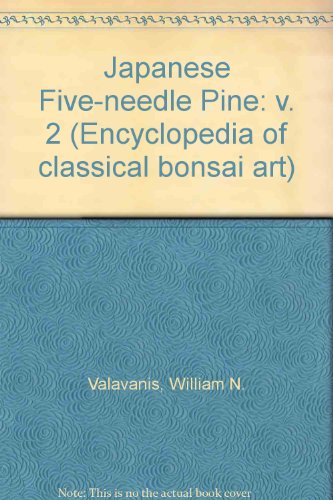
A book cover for Japanese Five-Needle Pine: Nature, Gardens, Bonsai, Taxonomy (Encyclopedia of Classical Bonsai Art); William N. Valavanis; Reference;